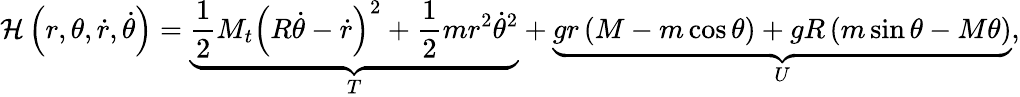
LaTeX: {\mathcal{H}}\left(r,\theta,{\dot{r}},{\dot{\theta}}\right)=\underbrace{{\frac{1}{2}}M_{t}\left(R{\dot{\theta}}-{\dot{r}}\right)^{2}+{\frac{1}{2}}mr^{2}{\dot{\theta}}^{2}}_{T}+\underbrace{gr\left(M-m\cos{\theta}\right)+gR\left(m\sin{\theta}-M\theta\right)}_{U},